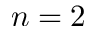
n = 2